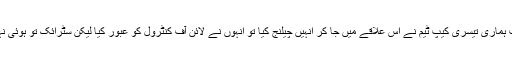
جب ہماری تیسری کیپ ٹیم نے اس علاقے میں جا کر انہیں چیلنج کیا تو انہوں نے لائن آف کنٹرول کو عبور کیا لیکن سٹرائک تو ہوئی نہیں۔